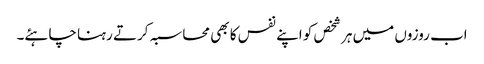
اب روزوں میں ہر شخص کو اپنے نفس کا بھی محاسبہ کرتے رہنا چاہئے۔